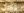
يجب